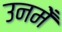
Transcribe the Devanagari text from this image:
उनमेँ